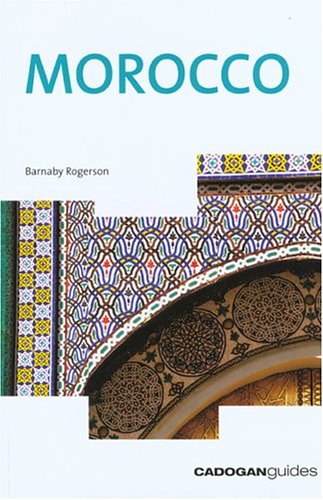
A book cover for Morocco, 5th (Country & Regional Guides - Cadogan); Barnaby Rogerson; Travel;